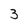
Character: 3